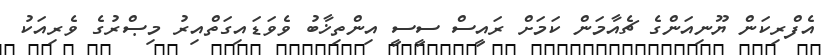
އެފްރިކަން ޔޫނިއަންގެ ޗެއާމަން ކަމަށް ރައީސް ސީސީ އިންތިޚާބު ވެވަޑައިގަތްއިރު މިޞްރުގެ ވެރިއަކު